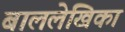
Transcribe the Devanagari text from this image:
बाललेखिका